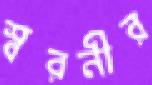
স্বরনীর